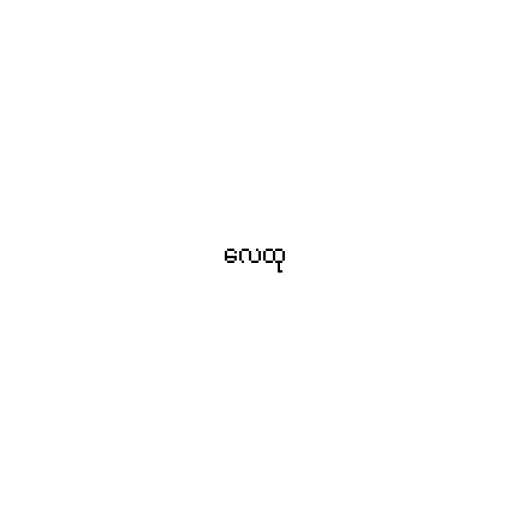
လေထု